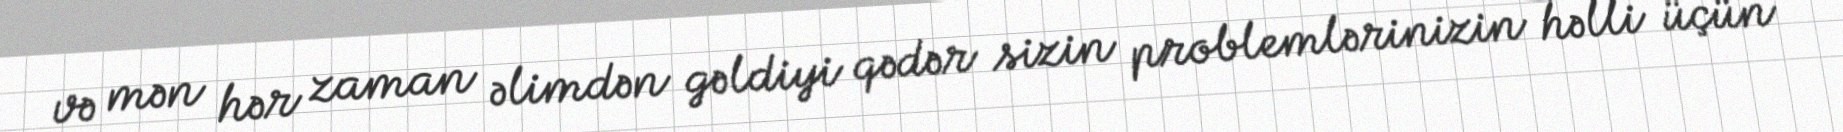
və mən hər zaman əlimdən gəldiyi qədər sizin problemlərinizin həlli üçün